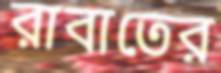
রাবাতের